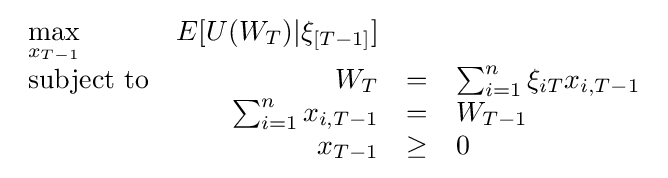
{\begin{array}{lrclr}\max \limits _{x_{T-1}}&E[U(W_{T})|\xi _{[T-1]}]&\\{\text{subject to}}&W_{T}&=&\sum _{i=1}^{n}\xi _{iT}x_{i,T-1}\\&\sum _{i=1}^{n}x_{i,T-1}&=&W_{T-1}\\&x_{T-1}&\geq &0\end{array}}